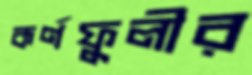
কর্ণফুলীর